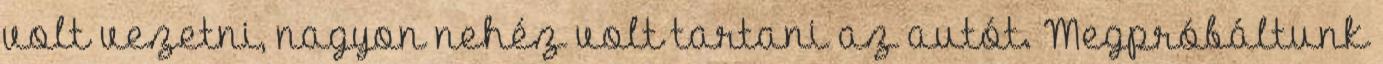
volt vezetni, nagyon nehéz volt tartani az autót. Megpróbáltunk